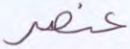
عنصر